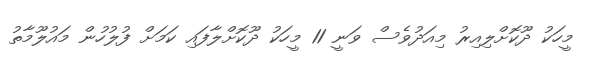
މީހަކު ދޫކޮށްލިއިރު މިއަދުވެސް ވަނީ 11 މީހަކު ދޫކޮށްލާފައި ކަމަށް ފުލުހުން މައުލޫމާތު